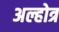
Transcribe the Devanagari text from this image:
अल्होत्र